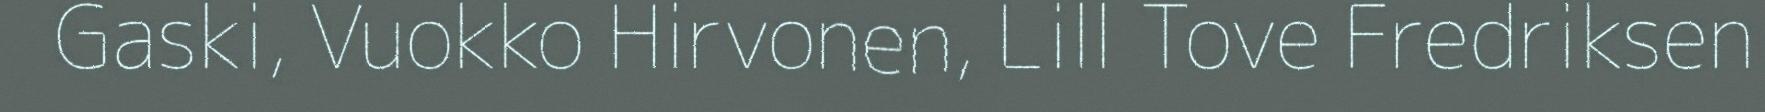
Gaski, Vuokko Hirvonen, Lill Tove Fredriksen